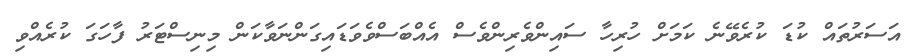
އަސަރުތައް ކުޑަ ކުރެވޭނެ ކަމަށް ހުރިހާ ސައިންވެރިންވެސް އެއްބަސްވެވަޑައިގަންނަވާކަން މިނިސްޓަރު ފާހަގަ ކުރެއްވި